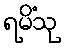
ရမိံသု